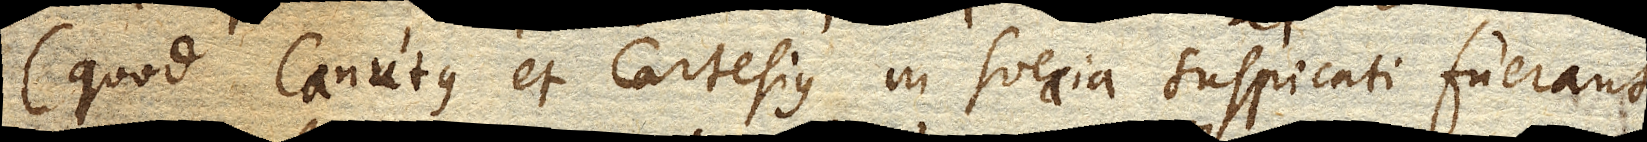
(quod Canutus et Cartesius in Suecia suspicati fuerant,